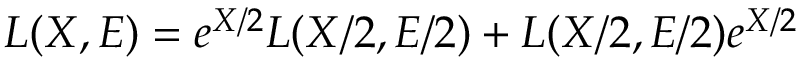
\begin{array} { r } { L ( X , E ) = e ^ { X / 2 } L ( X / 2 , E / 2 ) + L ( X / 2 , E / 2 ) e ^ { X / 2 } } \end{array}